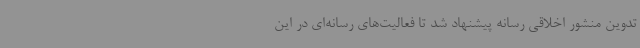
تدوین منشور اخلاقی رسانه پیشنهاد شد تا فعالیت‌های رسانه‌ای در این